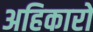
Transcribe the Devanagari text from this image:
अहिकारो